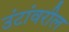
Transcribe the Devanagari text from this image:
उंटांवरील